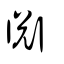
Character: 淵